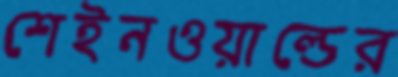
শেইনওয়াল্ডের